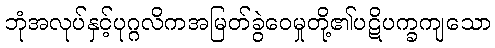
ဘုံအလုပ်နှင့်ပုဂ္ဂလိကအမြတ်ခွဲဝေမှုတို့၏ပဋိပက္ခကျသော